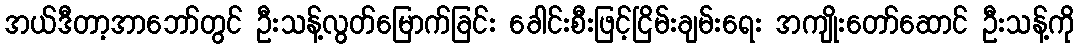
အယ်ဒီတာ့အာဘော်တွင် ဦးသန့်လွတ်မြောက်ခြင်း ခေါင်းစီးဖြင့်ငြိမ်းချမ်းရေး အကျိုးတော်ဆောင် ဦးသန့်ကို